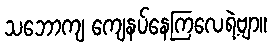
သဘောကျ ကျေနပ်နေကြလေရဲ့ဗျာ။